Some observations on the poison of the banded krait (Bungarus fasciatus) - Number 7
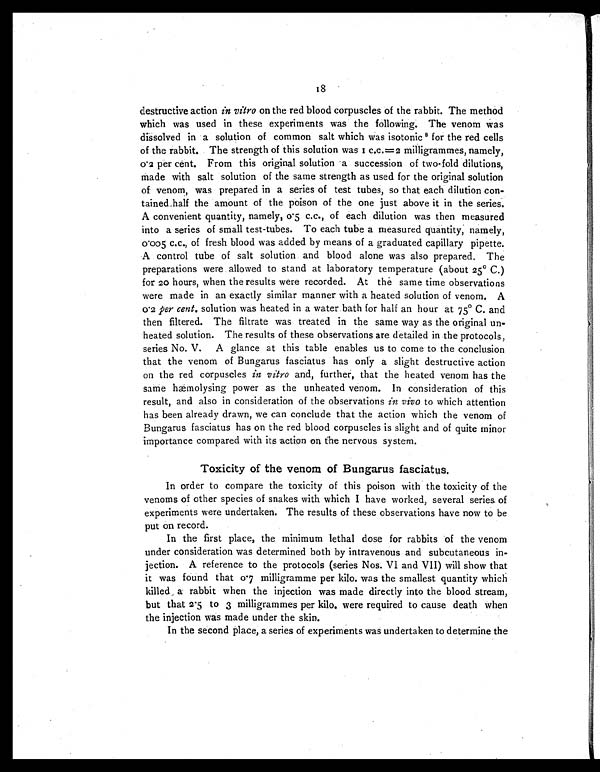
18
destructive action in vitro on the red blood corpuscles of the rabbit. The method
which was used in these experiments was the following. The venom was
dissolved in a solution of common salt which was isotonic8 for the red cells
of the rabbit. The strength of this solution was 1 c.c.= 2 milligrammes, namely,
0.2 per cent. From this original solution a succession of two-fold dilutions,
made with salt solution of the same strength as used for the original solution
of venom, was prepared in a series of test tubes, so that each dilution con-
tained, half the amount of the poison of the one just above it in the series.
A convenient quantity, namely, 0.5 c.c., of each dilution was then measured
into a series of small test-tubes. To each tube a measured quantity, namely,
0.005 c.c., of fresh blood was added by means of a graduated capillary pipette.
A control tube of salt solution and blood alone was also prepared. The
preparations were allowed to stand at laboratory temperature (about 25° C.)
for 20 hours, when the results were recorded. At the same time observations
were made in an exactly similar manner with a heated solution of venom. A
0.2 per cent, solution was heated in a water bath for half an hour at 75° C. and
then filtered. The filtrate was treated in the same way as the original un-
heated solution. The results of these observations are detailed in the protocols,
series No. V. A glance at this table enables us to come to the conclusion
that the venom of Bungarus fasciatus has only a slight destructive action
on the red corpuscles in vitro and, further, that the heated venom has the
same hæmolysing power as the unheated venom. In consideration of this
result, and also in consideration of the observations in vivo to which attention
has been already drawn, we can conclude that the action which the venom of
Bungarus fasciatus has on the red blood corpuscles is slight and of quite minor
importance compared with its action on the nervous system.
Toxicity of the venom of Bungarus fasciatus.
In order to compare the toxicity of this poison with the toxicity of the
venoms of other species of snakes with which I have worked, several series of
experiments were undertaken. The results of these observations have now to be
put on record.
In the first place, the minimum lethal dose for rabbits of the venom
under consideration was determined both by intravenous and subcutaneous in-
jection. A reference to the protocols (series Nos. VI and VII ) will show that
it was found that 0.7 milligramme per kilo. was the smallest quantity which
killed, a rabbit when the injection was made directly into the blood stream,
but that 2.5 to 3 milligrammes per kilo. were required to cause death when
the injection was made under the skin.
In the second place, a series of experiments was undertaken to determine the